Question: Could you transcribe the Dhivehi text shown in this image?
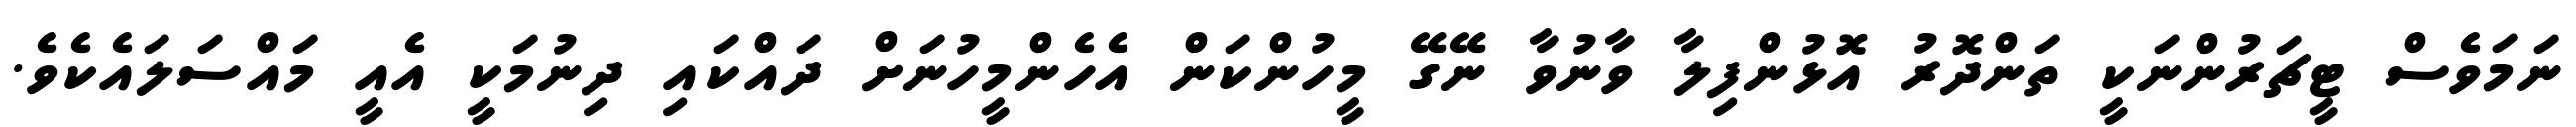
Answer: ނަމަވެސް ޓީޗަރުންނަކީ ތަންދޮރު އޮޅުންފިލާ ވާނުވާ ނޭގޭ މީހުންކަން އެހެންމީހުނަށް ދައްކައި ދިނުމަކީ އެއީ މައްސަލައެކެވެ.